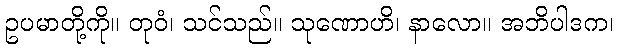
ဥပမာတို့ကို။ တုဝံ၊ သင်သည်။ သုဏောဟိ၊ နာလော။ အဘိပါဒက၊